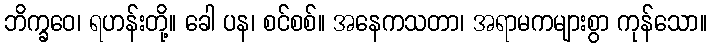
ဘိက္ခဝေ၊ ရဟန်းတို့။ ခေါ ပန၊ စင်စစ်။ အနေကသတာ၊ အရာမကများစွာ ကုန်သော။